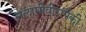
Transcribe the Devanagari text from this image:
सलामीवीरांपैकी